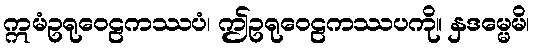
ဣမံဥရုဝေဠကဿပံ၊ ဤဥရုဝေဠကဿပကို။ နှဒမ္မေမိ၊